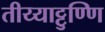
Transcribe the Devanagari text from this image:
तीय्याट्टुण्णि